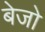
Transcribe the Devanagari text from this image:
बेजो